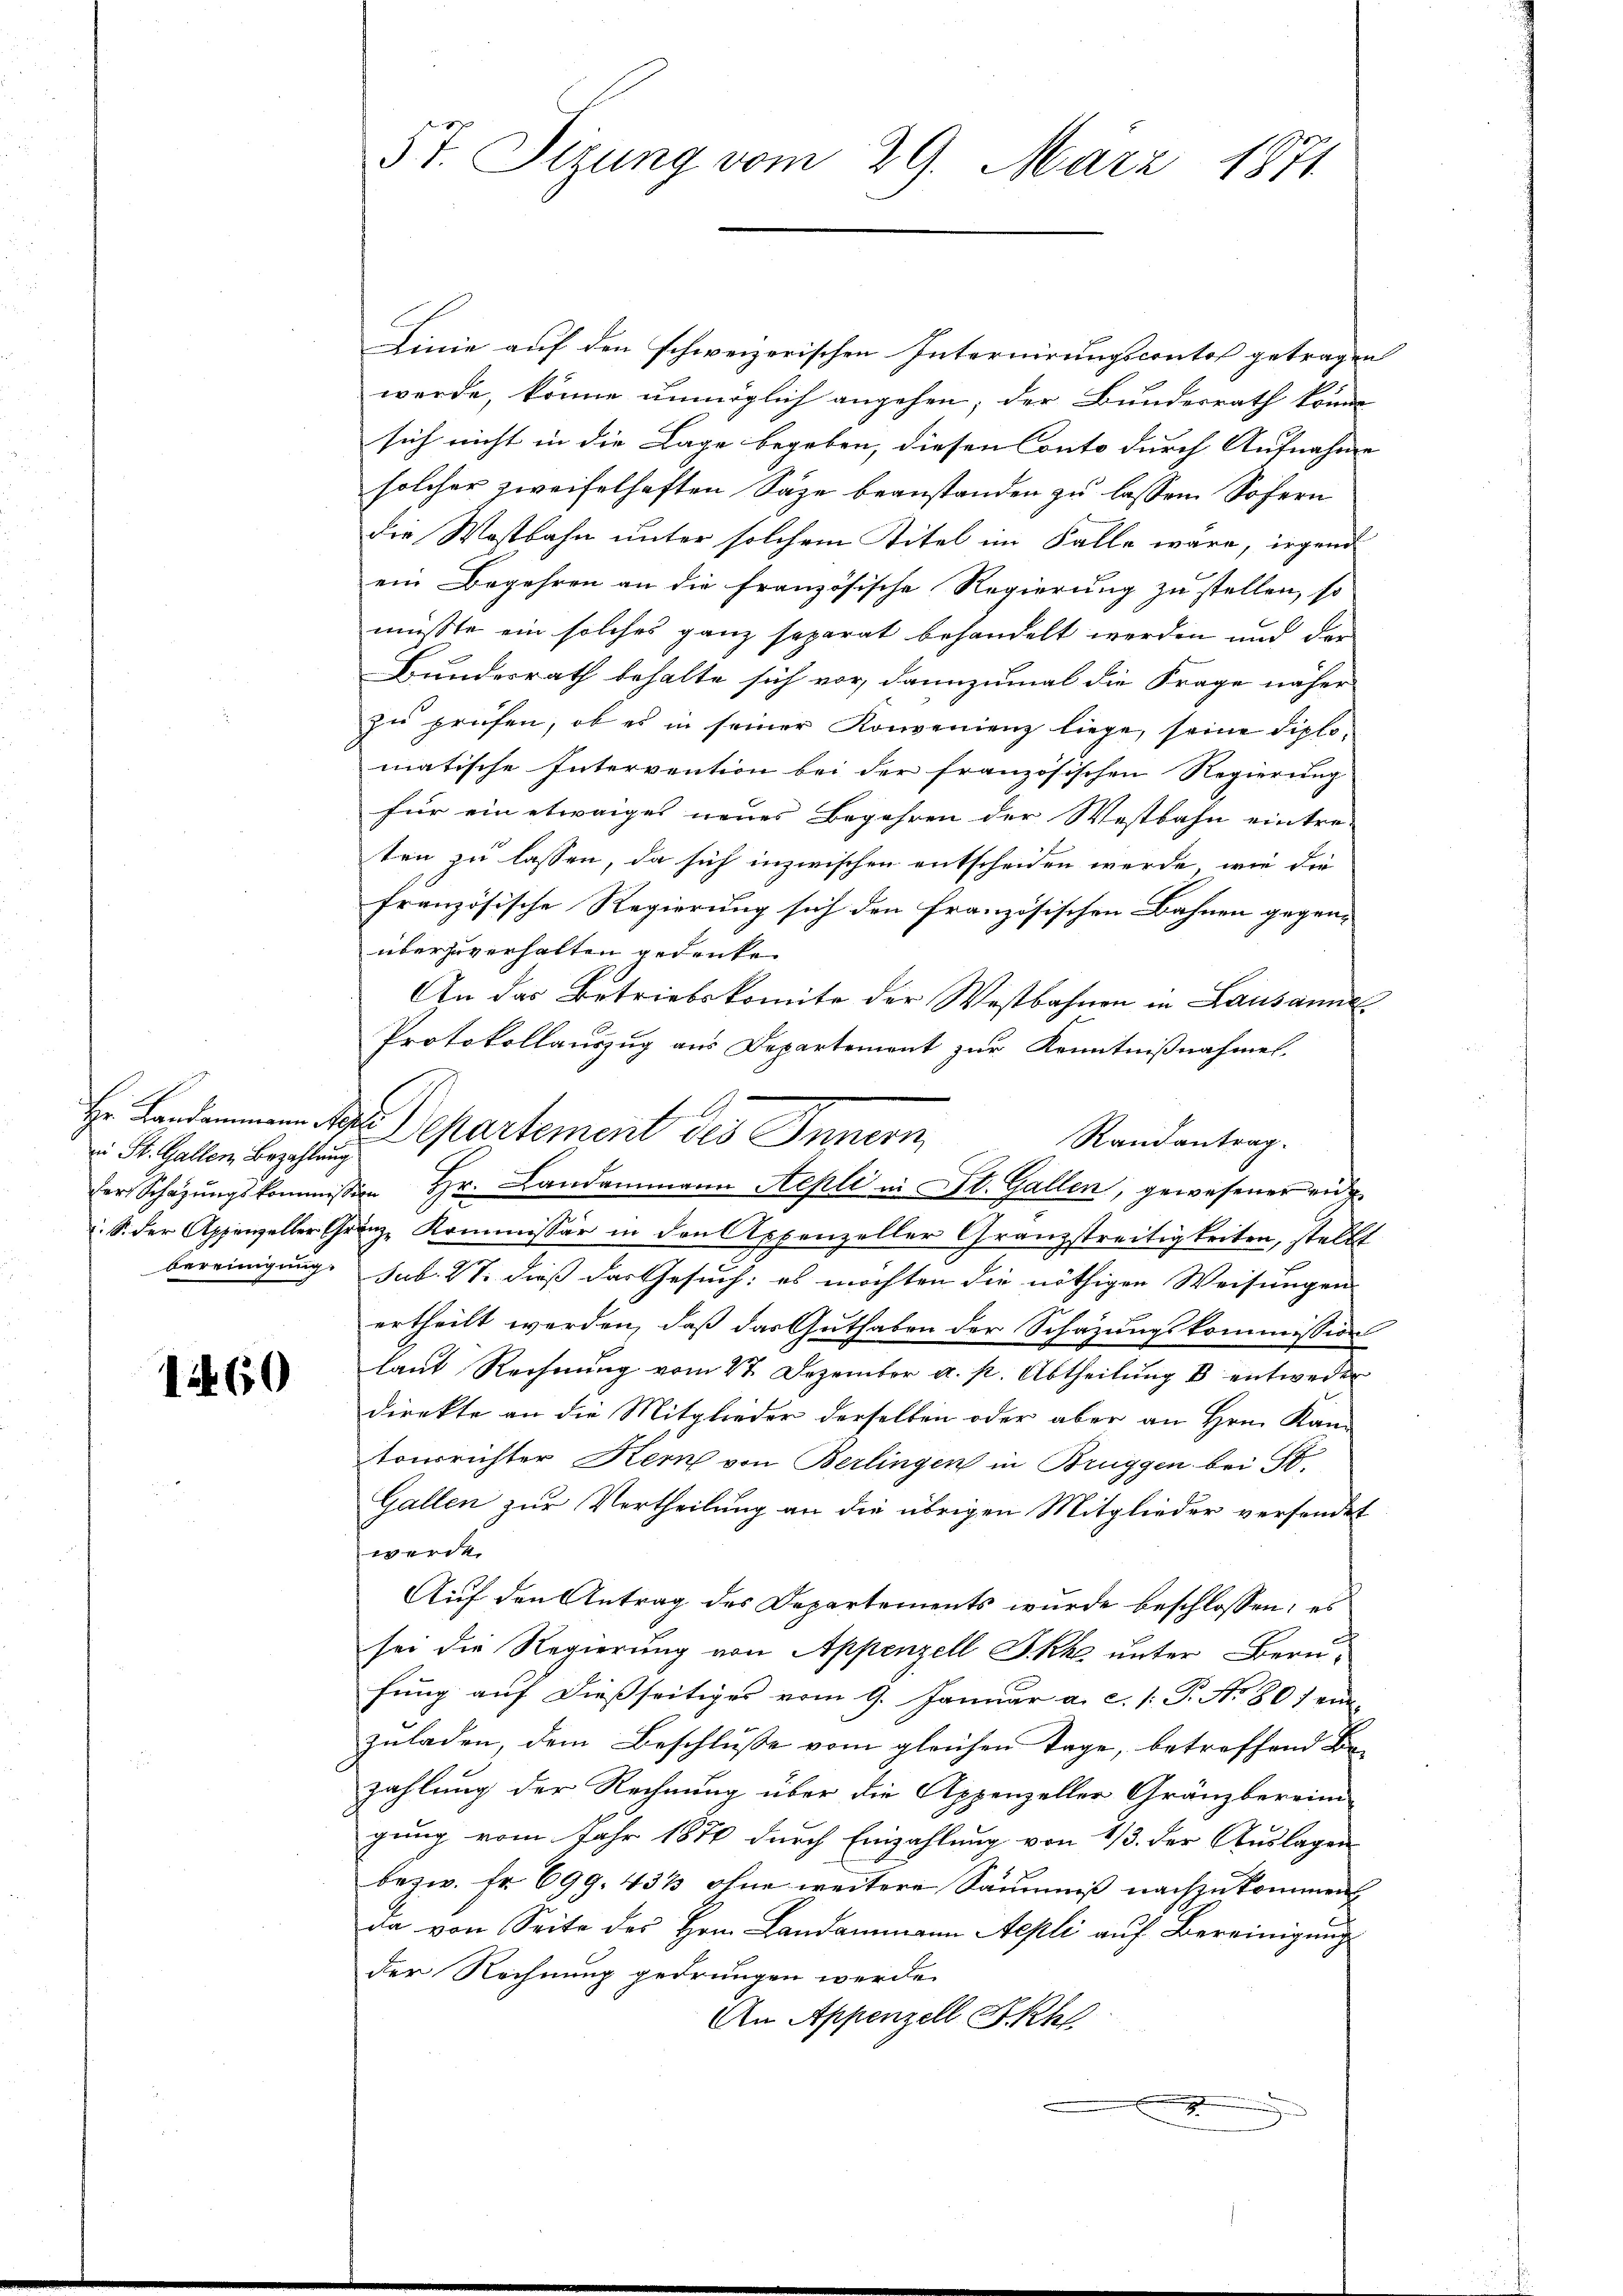
iin St. Gallen Bezahlung
bereinigung:

12460

5t. Sizung vom 29. März 1871

Linie auf den schweizerischen Internirungscontos getragen
werde, könne unmöglich angehen; der Bundesrath könne
sich nicht in die Lage begeben, diesen Conto durch Aufnahme |
solcher zweifelhaften Säge beanstanden zu lassen. Sofern
die Wastbahn unter solchem Titel im Falle wäre, irgend
ein Begehren an die französische Regierung zu stellen, so
müsste ein solches ganz separat behandelt werden und der
Bundesrath behalte sich vor, dannzumal die Frage näher
zu prüfen, ob es in seiner Konvenienz liege, seine diplomatische Intervention bei der französischen Regierung
für ein etwaiges neues Begehren der Westbahn eintre-
ten zu lassen, da sich inzwischen entscheiden werde, wie die
französische Regierung sich den französischen Bahnen gegen-
überzuverhalten gedenken
An das Betriebskomite der Westbahnen in Lausanne
Protokollauszug aus Departement zur Kenntnißnahmen.
Randantrag.
der Schazungskommission Hr. Landammann Aepli in St. Gallen, gewesener eide
.S. der Appeweller Gränz Kommissär in den Appenzeller Granzstreitigkeiten, stellt
sub. 27. dieß das Gesuch: es möchten die nöthigen Weisungen
ertheilt werden, daß das Guthaben der Schazungskommission
laut Rechnŭng vom 27. Dezember a. p. Abtheilŭng B entweder
direkte an die Mitglieder derselben oder aber an Hrn. Kan-
tonsrichter Kern von Berlingen in Brüggen bei St.
Gallen zur Vertheilung an die übrigen Mitglieder versendet
werde.
Auf den Antrag des Departements wurde beschlossen: es
sei die Regierung von Appenzell I.Rh. unter Berufung auf dießseitiges vom 9. Januar a. c. 1: P. No 80 / ein
zuladen, dem Beschlusse vom gleichen Tage, betreffend Bezahlung der Rechnung über die Appenzeller Gränzberein
gung vom Jahr 1874 durch Einzahlung von 1/3. der Auslagen
bezw. fr. 699. 4313 ohne weitere Säumniß nachzukommen
da von Seite des Hrn. Landammann Aepli auf Bereinigung
der Rechnung gedrungen werde.
An Appenzell A.-Rh

Departement des Innern